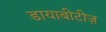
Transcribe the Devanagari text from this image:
डायाबीटीज़